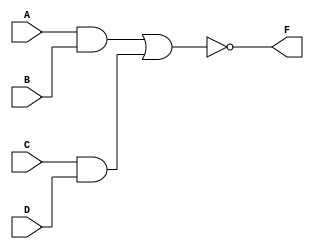
module AOI(A,B,C,D,F);
input A,B,C,D;
output F;
wire A,B,C,D,F;
assign  F= ~((A&B)|(C&D));
endmodule